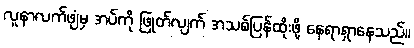
လူနာလက်ဖျံမှ အပ်ကို ဖြုတ်လျက် အသစ်ပြန်ထိုးဖို့ နေရာရှာနေသည်။